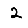
Digit: 2